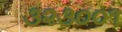
૩૨૩૦૦૧